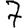
Digit: 7